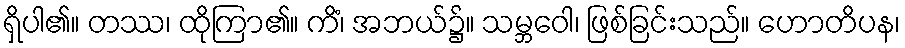
ရှိပါ၏။ တဿ၊ ထိုကြာ၏။ ကိံ၊ အဘယ်၌။ သမ္ဘဝေါ၊ ဖြစ်ခြင်းသည်။ ဟောတိပန၊